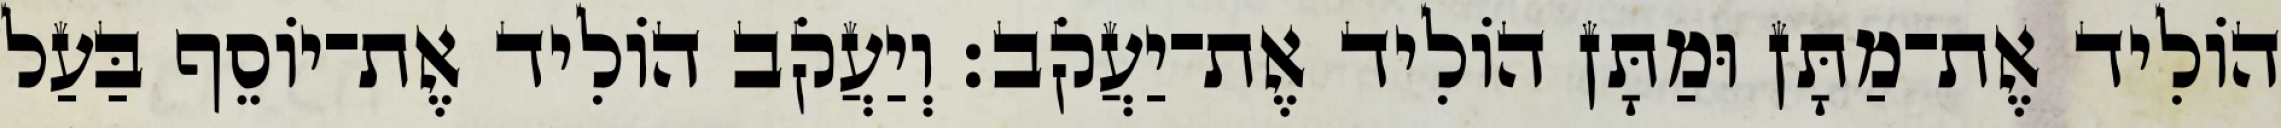
הוֹלִיד אֶת־מַתָּן וּמַתָּן הוֹלִיד אֶת־יַעֲקֹב׃ וְיַעֲקֹב הוֹלִיד אֶת־יוֹסֵף בַּעַל